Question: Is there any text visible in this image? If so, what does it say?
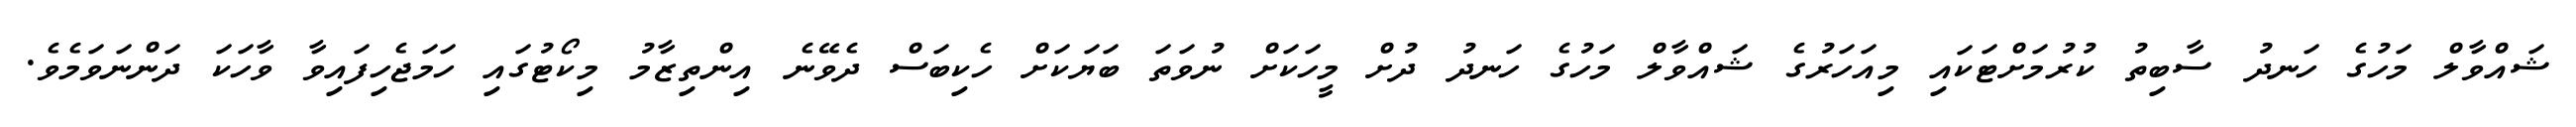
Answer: ޝައްވާލް މަހުގެ ހަނދު ސާބިތު ކުރުމަށްޓަކައި މިއަހަރުގެ ޝައްވާލް މަހުގެ ހަނދު ދުށް މީހަކަށް ނުވަތަ ބަޔަކަށް ހެކިބަސް ދެވޭނެ އިންތިޒާމު މިކޯޓުގައި ހަމަޖެހިފައިވާ ވާހަކަ ދަންނަވަމެވެ.